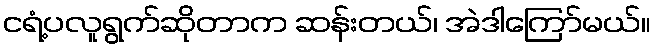
ငရံ့ပလူရွက်ဆိုတာက ဆန်းတယ်၊ အဲဒါကြော်မယ်။